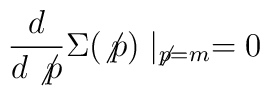
\frac{d}{d\not{p}}\Sigma (\not{p})\mid _{\not{p}=m}=0